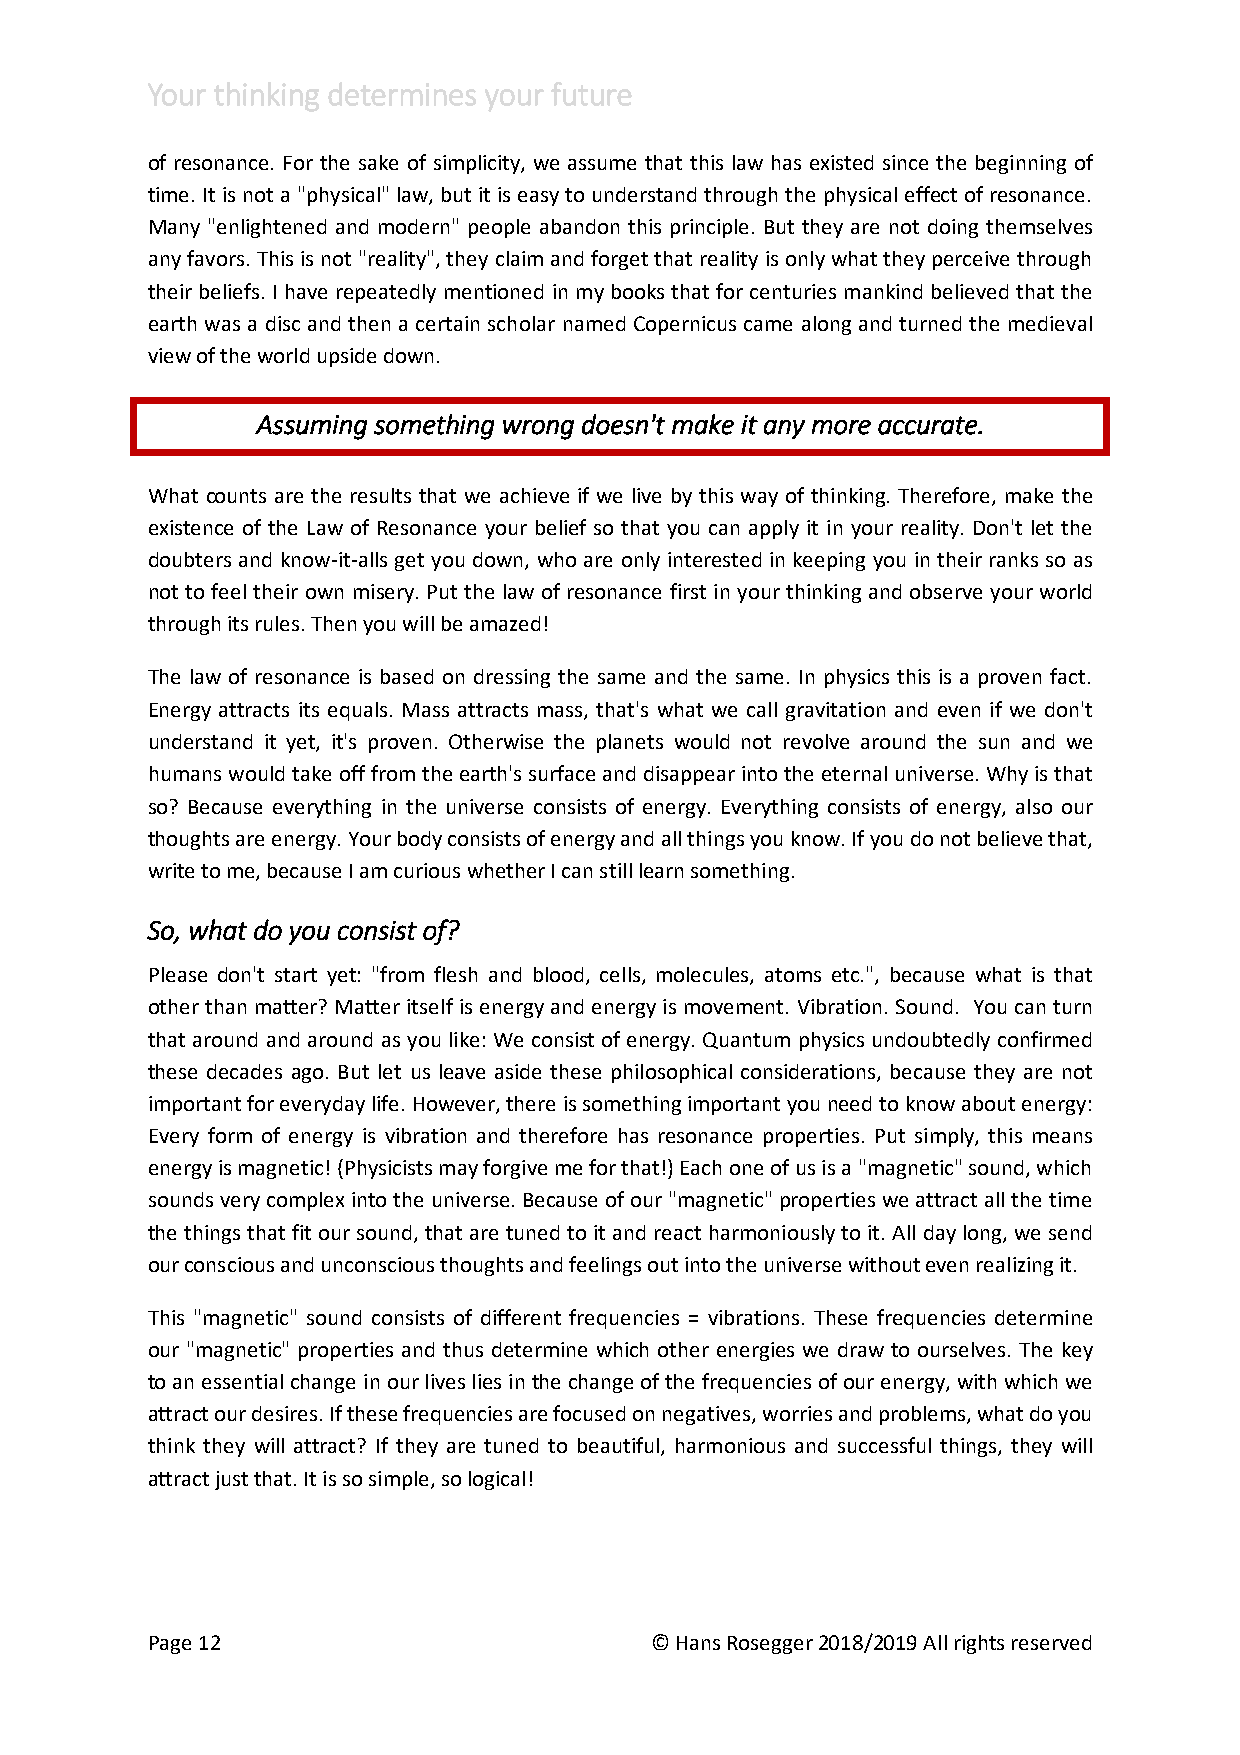
Your thinking determines your future
 of resonance. For the sake of simplicity, we assume that this law has existed since the beginning of
 time. It is not a "physical" law, but it is easy to understand through the physical effect of resonance.
 Many "enlightened and modern" people abandon this principle. But they are not doing themselves
 any favors. This is not "reality", they claim and forget that reality is only what they perceive through
 their beliefs. I have repeatedly mentioned in my books that for centuries mankind believed that the
 earth was a disc and then a certain scholar named Copernicus came along and turned the medieval
 view of the world upside down.
 Assuming something wrong doesn't make it any more accurate.
 What counts are the results that we achieve if we live by this way of thinking. Therefore, make the
 existence of the Law of Resonance your belief so that you can apply it in your reality. Don't let the
 doubters and know-it-alls get you down, who are only interested in keeping you in their ranks so as
 not to feel their own misery. Put the law of resonance first in your thinking and observe your world
 through its rules. Then you will be amazed!
 The law of resonance is based on dressing the same and the same. In physics this is a proven fact.
 Energy attracts its equals. Mass attracts mass, that's what we call gravitation and even if we don't
 understand it yet, it's proven. Otherwise the planets would not revolve around the sun and we
 humans would take off from the earth's surface and disappear into the eternal universe. Why is that
 so? Because everything in the universe consists of energy. Everything consists of energy, also our
 thoughts are energy. Your body consists of energy and all things you know. If you do not believe that,
 write to me, because I am curious whether I can still learn something.
 So, what do you consist of?
 Please don't start yet: "from flesh and blood, cells, molecules, atoms etc.", because what is that
 other than matter? Matter itself is energy and energy is movement. Vibration. Sound. You can turn
 that around and around as you like: We consist of energy. Quantum physics undoubtedly confirmed
 these decades ago. But let us leave aside these philosophical considerations, because they are not
 important for everyday life. However, there is something important you need to know about energy:
 Every form of energy is vibration and therefore has resonance properties. Put simply, this means
 energy is magnetic! (Physicists may forgive me for that!) Each one of us is a "magnetic" sound, which
 sounds very complex into the universe. Because of our "magnetic" properties we attract all the time
 the things that fit our sound, that are tuned to it and react harmoniously to it. All day long, we send
 our conscious and unconscious thoughts and feelings out into the universe without even realizing it.
 This "magnetic" sound consists of different frequencies = vibrations. These frequencies determine
 our "magnetic" properties and thus determine which other energies we draw to ourselves. The key
 to an essential change in our lives lies in the change of the frequencies of our energy, with which we
 attract our desires. If these frequencies are focused on negatives, worries and problems, what do you
 think they will attract? If they are tuned to beautiful, harmonious and successful things, they will
 attract just that. It is so simple, so logical!
 Page 12                          © Hans Rosegger 2018/2019 All rights reserved